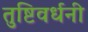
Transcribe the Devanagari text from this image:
तुष्टिवर्धनी